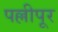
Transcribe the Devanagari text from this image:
पल्लीपूर